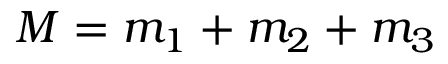
M = m _ { 1 } + m _ { 2 } + m _ { 3 }